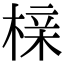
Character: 榇